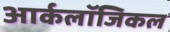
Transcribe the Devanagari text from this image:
आर्कलॉजिकल